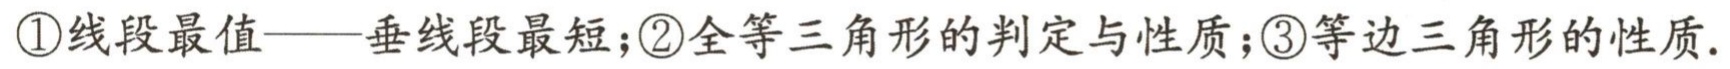
\textcircled{1}线段最值——垂线段最短；\textcircled{2}全等三角形的判定与性质；\textcircled{3}等边三角形的性质.